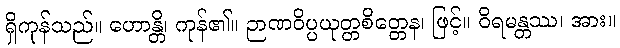
ရှိကုန်သည်။ ဟောန္တိ၊ ကုန်၏။ ဉာဏဝိပ္ပယုတ္တစိတ္တေန၊ ဖြင့်။ ဝိရမန္တဿ၊ အား။